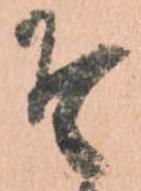
そ